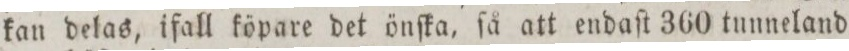
kan delas, ifall köpare det önſka, ſå att endaſt 360 tunneland